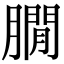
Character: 𦠥